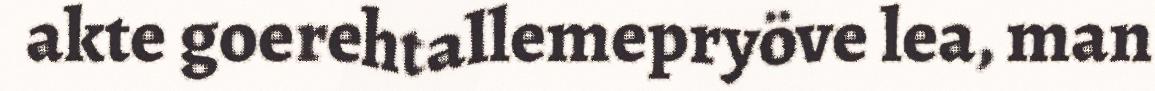
akte goerehtallemepryöve lea, man